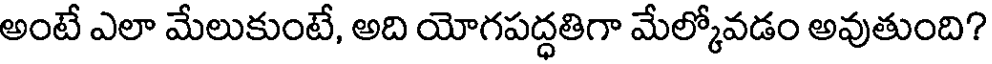
అంటే ఎలా మేలుకుంటే, అది యోగపద్ధతిగా మేల్కోవడం అవుతుంది?